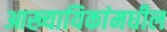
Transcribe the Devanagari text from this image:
आख्यायिकांमधील